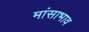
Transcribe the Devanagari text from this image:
मांसाभाव